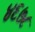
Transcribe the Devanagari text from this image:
४६७८